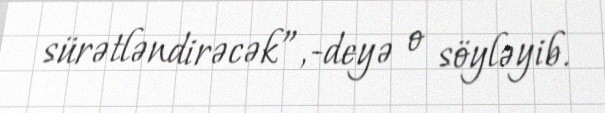
sürətləndirəcək”,-deyə o söyləyib.